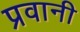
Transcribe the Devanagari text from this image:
प्रवानी